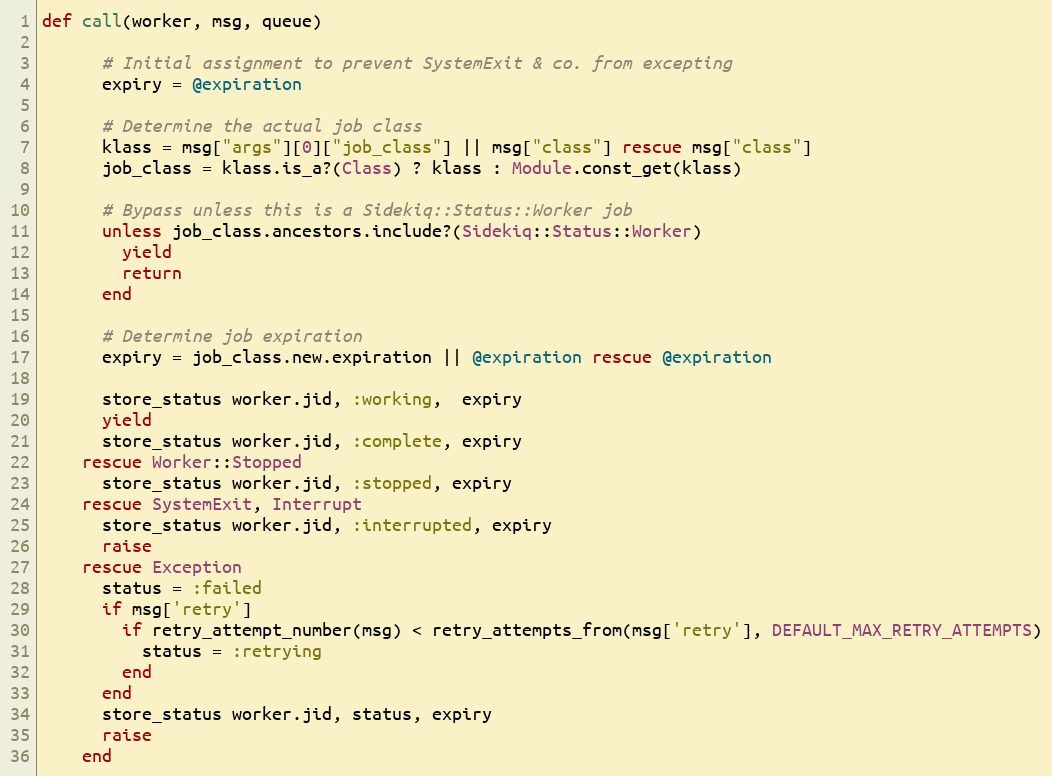
Language: Ruby
def call(worker, msg, queue)

      # Initial assignment to prevent SystemExit & co. from excepting
      expiry = @expiration

      # Determine the actual job class
      klass = msg["args"][0]["job_class"] || msg["class"] rescue msg["class"]
      job_class = klass.is_a?(Class) ? klass : Module.const_get(klass)

      # Bypass unless this is a Sidekiq::Status::Worker job
      unless job_class.ancestors.include?(Sidekiq::Status::Worker)
        yield
        return
      end

      # Determine job expiration
      expiry = job_class.new.expiration || @expiration rescue @expiration

      store_status worker.jid, :working,  expiry
      yield
      store_status worker.jid, :complete, expiry
    rescue Worker::Stopped
      store_status worker.jid, :stopped, expiry
    rescue SystemExit, Interrupt
      store_status worker.jid, :interrupted, expiry
      raise
    rescue Exception
      status = :failed
      if msg['retry']
        if retry_attempt_number(msg) < retry_attempts_from(msg['retry'], DEFAULT_MAX_RETRY_ATTEMPTS)
          status = :retrying
        end
      end
      store_status worker.jid, status, expiry
      raise
    end